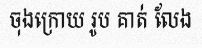
ចុងក្រោយ រូប គាត់ លែង